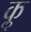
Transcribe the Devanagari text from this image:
कॢ